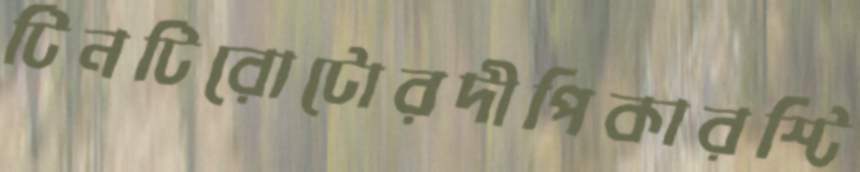
টিনটিরোটোরদীপিকারস্টি